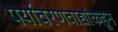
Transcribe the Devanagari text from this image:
पर्यावरणवाद्यांकडून